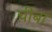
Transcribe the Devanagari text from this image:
चीबा